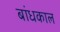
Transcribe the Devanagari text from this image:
बांधकाल